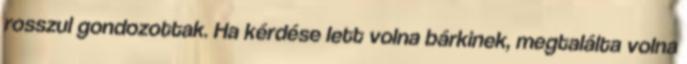
rosszul gondozottak. Ha kérdése lett volna bárkinek, megtalálta volna